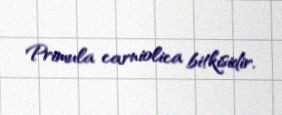
Primula carniolica bitkisidir.